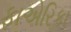
ફાએરિકા